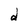
Character: d